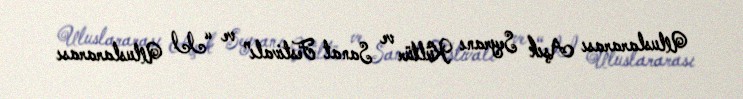
Uluslararası Aşık Seyranı Kültür ve Sanat Festivalı” ve “II Uluslararası